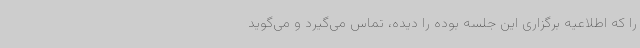
را که اطلاعیه برگزاری این جلسه بوده را دیده، تماس می‌گیرد و می‌گوید